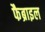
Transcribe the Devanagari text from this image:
फैब्राइल